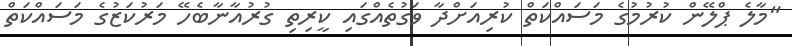
"މާލެ ޕްލޭން ކުރުމުގެ މަސައްކަތް ކުރިއަށްދާ ވަގުތެއްގައި ކީރިތި ގުރުއާނާބެހޭ މަރުކަޒުގެ މަސައްކަތް